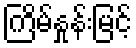
ကြိမ်နှုန်းမြင့်